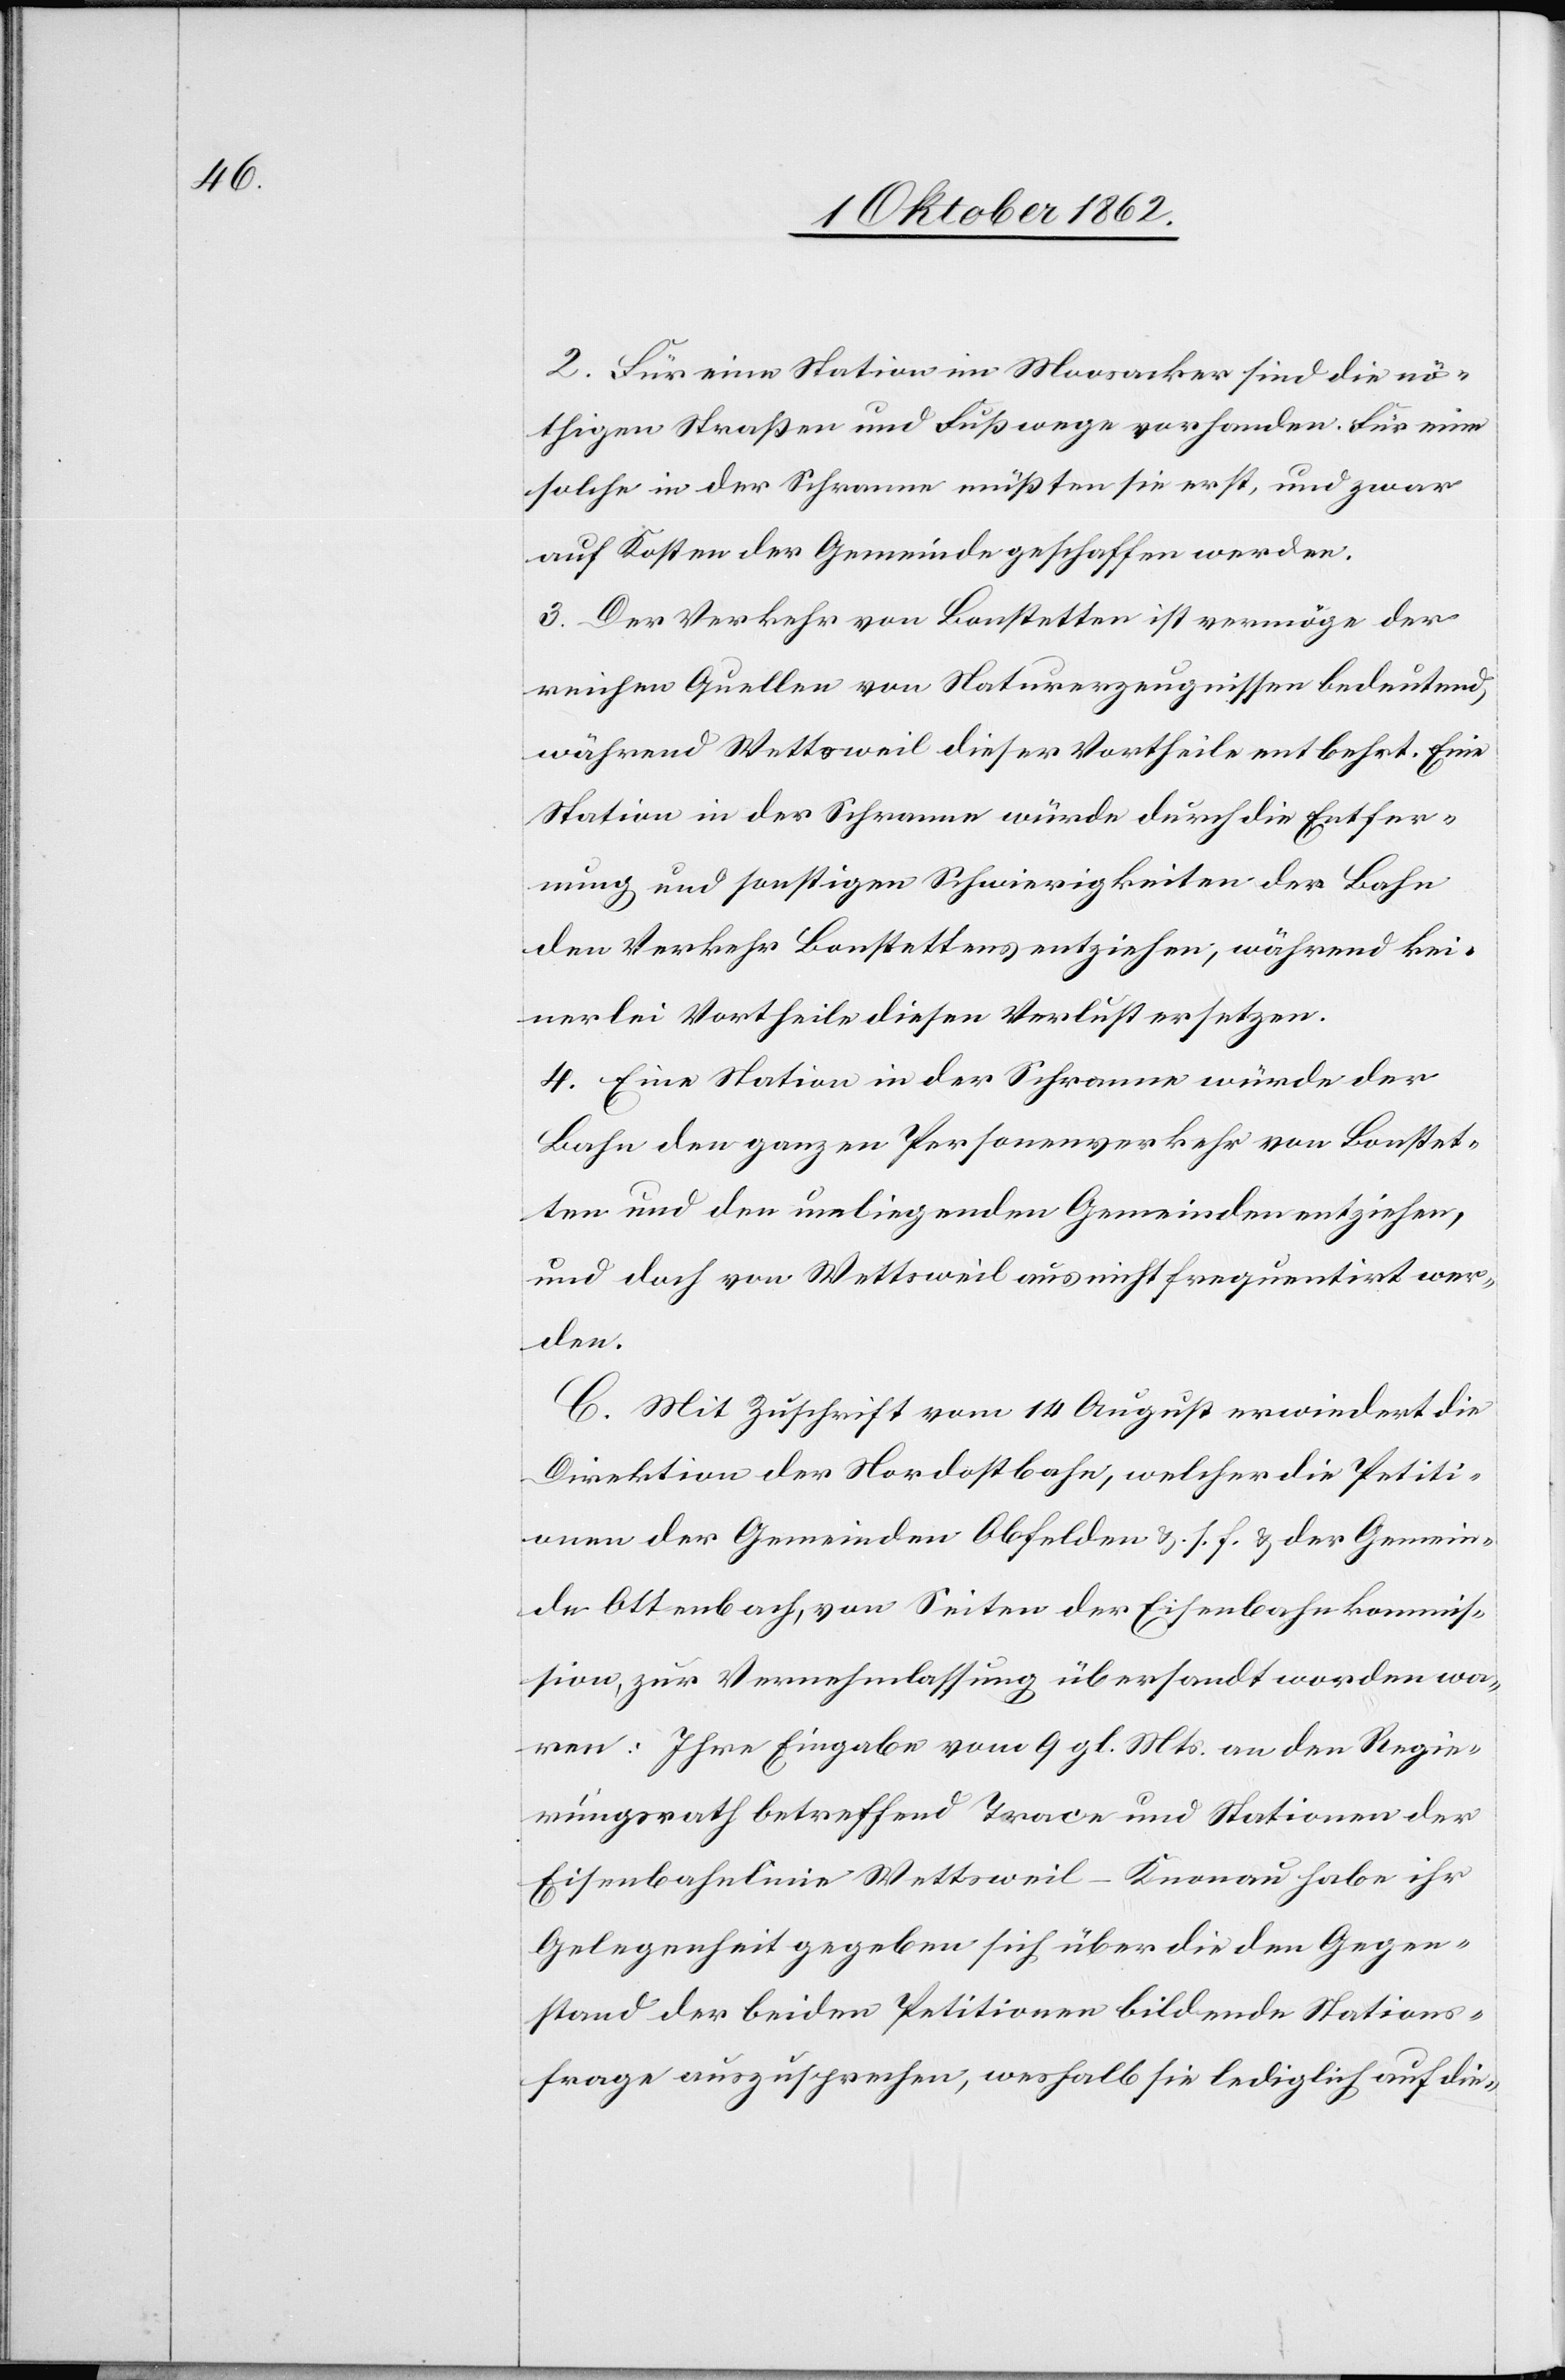
2. Für eine Station im Moosacker sind die nö¬
thigen Straßen und Fußwege vorhanden. Für eine
solche in der Schrame müßten sie erst, und zwar
auf Kosten der Gemeinde geschaffen werden.
3. Der Verkehr von Bonstetten ist vermöge der
weichen Quellen von Naturerzeugnissen bedeutend,
während Wettsweil dieser Vortheile entbehrt. Eine
Station in der Schrame würde durch die Entfer¬
nung und sonstigen Schwierigkeiten der Bahn
dem Verkehr Bonstetten entziehen während kei¬
nerlei Vortheile diesen Verlust ersetzten.
4. Eine Station in der Schrame würde der
Bahn der ganzen Personenverkehr von Bonstet¬
ten und den umliegenden Gemeinden entziehen,
und doch von Wettsweil aus nicht frequentirt wer¬
den.
C. Mit Zuschrift vom 14. August erwiedert die
Direktion der Nordostbahn, welcher die Petiti¬
onen der Gemeinden Obfelden u. s. f. u. der Gemein¬
de Ottenbach, von Seiten der Eisenbahnkommis¬
sion, zur Vernehmlassung übersandt worden wa¬
ren: Ihre Eingabe vom 9. gl. Mts. an den Regie¬
rungsrath betreffend Trace und Stationen der
Eisenbahnlinien Wettsweil–Knonau habe ihr
Gelegenheit gegeben sich über die den Gegen¬
stand der beiden Petitionen bildende Stations¬
frage auszusprechen, weshalb sie lediglich auf die-